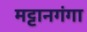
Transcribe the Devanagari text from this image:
मट्टानगंगा